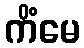
ကိံမေ